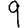
Digit: 9